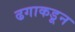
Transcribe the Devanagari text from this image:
ढगाकडून